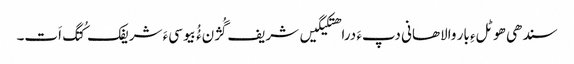
سندھی ھوٹلءِ بار والاھانی دپءَ دراھتکیگیں شریف گُژنءُُ بیوسیءَ شریفک کُتگ اَت۔